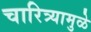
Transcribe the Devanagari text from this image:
चारित्र्यामुळे